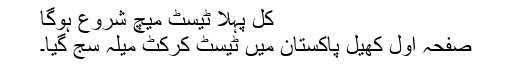
کل پہلا ٹیسٹ میچ شروع ہوگا
صفحہ اول کھیل پاکستان میں ٹیسٹ کرکٹ میلہ سج گیا۔